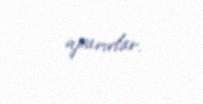
aparırlar.